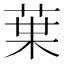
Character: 𫟒